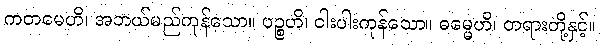
ကတမေဟိ၊ အဘယ်မည်ကုန်သော။ ပဉ္စဟိ၊ ငါးပါးကုန်သော။ ဓမ္မေဟိ၊ တရားတို့နှင့်။